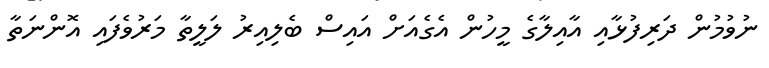
ނުވުމުން ދަރިފުޅާއި އާއިލާގެ މީހުން އެގެއަށް އައިސް ބެލިއިރު ލަލީތާ މަރުވެފައި އޮންނަތާ